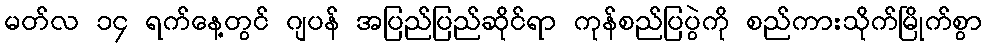
မတ်လ ၁၄ ရက်နေ့တွင် ဂျပန် အပြည်ပြည်ဆိုင်ရာ ကုန်စည်ပြပွဲကို စည်ကားသိုက်မြိုက်စွာ